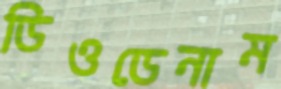
ডিওডেনাম